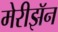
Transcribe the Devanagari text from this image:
मेरीझॅन